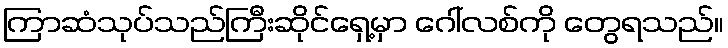
ကြာဆံသုပ်သည်ကြီးဆိုင်ရှေ့မှာ ဂေါ်လစ်ကို တွေရသည်။